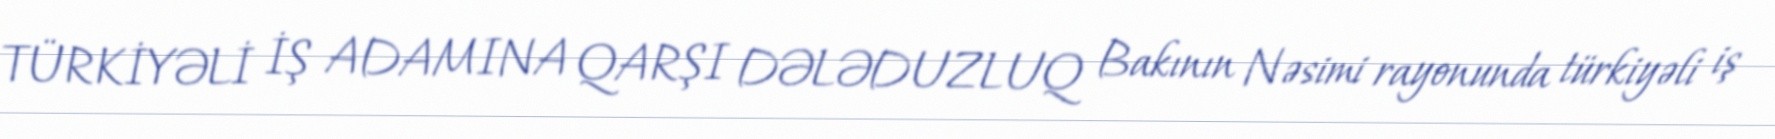
TÜRKİYƏLİ İŞ ADAMINA QARŞI DƏLƏDUZLUQ Bakının Nəsimi rayonunda türkiyəli iş